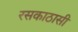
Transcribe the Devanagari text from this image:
रसकाठासी